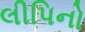
લીપિનો